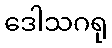
ဒေါသဂရု